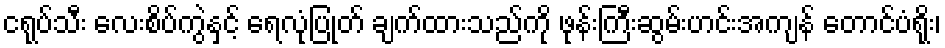
ငရုပ်သီး လေးစိပ်ကွဲနှင့် ရေလုံပြုတ် ချက်ထားသည်ကို ဖုန်းကြီးဆွမ်းဟင်းအကျန် တောင်ပံရိုး၊